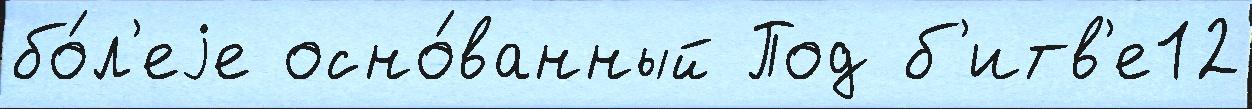
бо́л'еjе осно́ванный Под б'итв'е12